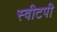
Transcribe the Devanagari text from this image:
स्वीटपी